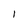
Character: I